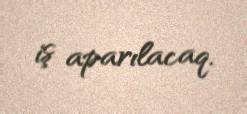
iş aparılacaq.